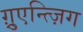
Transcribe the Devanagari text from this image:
ग़्रुएन्त्ज़िग